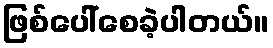
ဖြစ်ပေါ်စေခဲ့ပါတယ်။